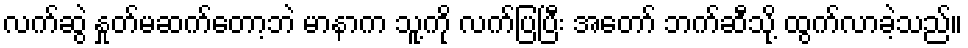
လက်ဆွဲ နှုတ်မဆက်တော့ဘဲ မာနာက သူ့ကို လက်ပြပြီး အတော် ဘက်ဆီသို့ ထွက်လာခဲ့သည်။